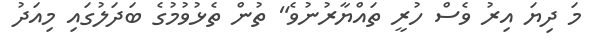
މަ ދިޔަ އިރު ވެސް ހުރީ ތައްޔާރުނުވެ" ތުން ތެޅުވުމުގެ ބަދަލުގައި މިއަދު